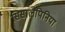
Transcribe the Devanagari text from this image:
सिसालपिनिया